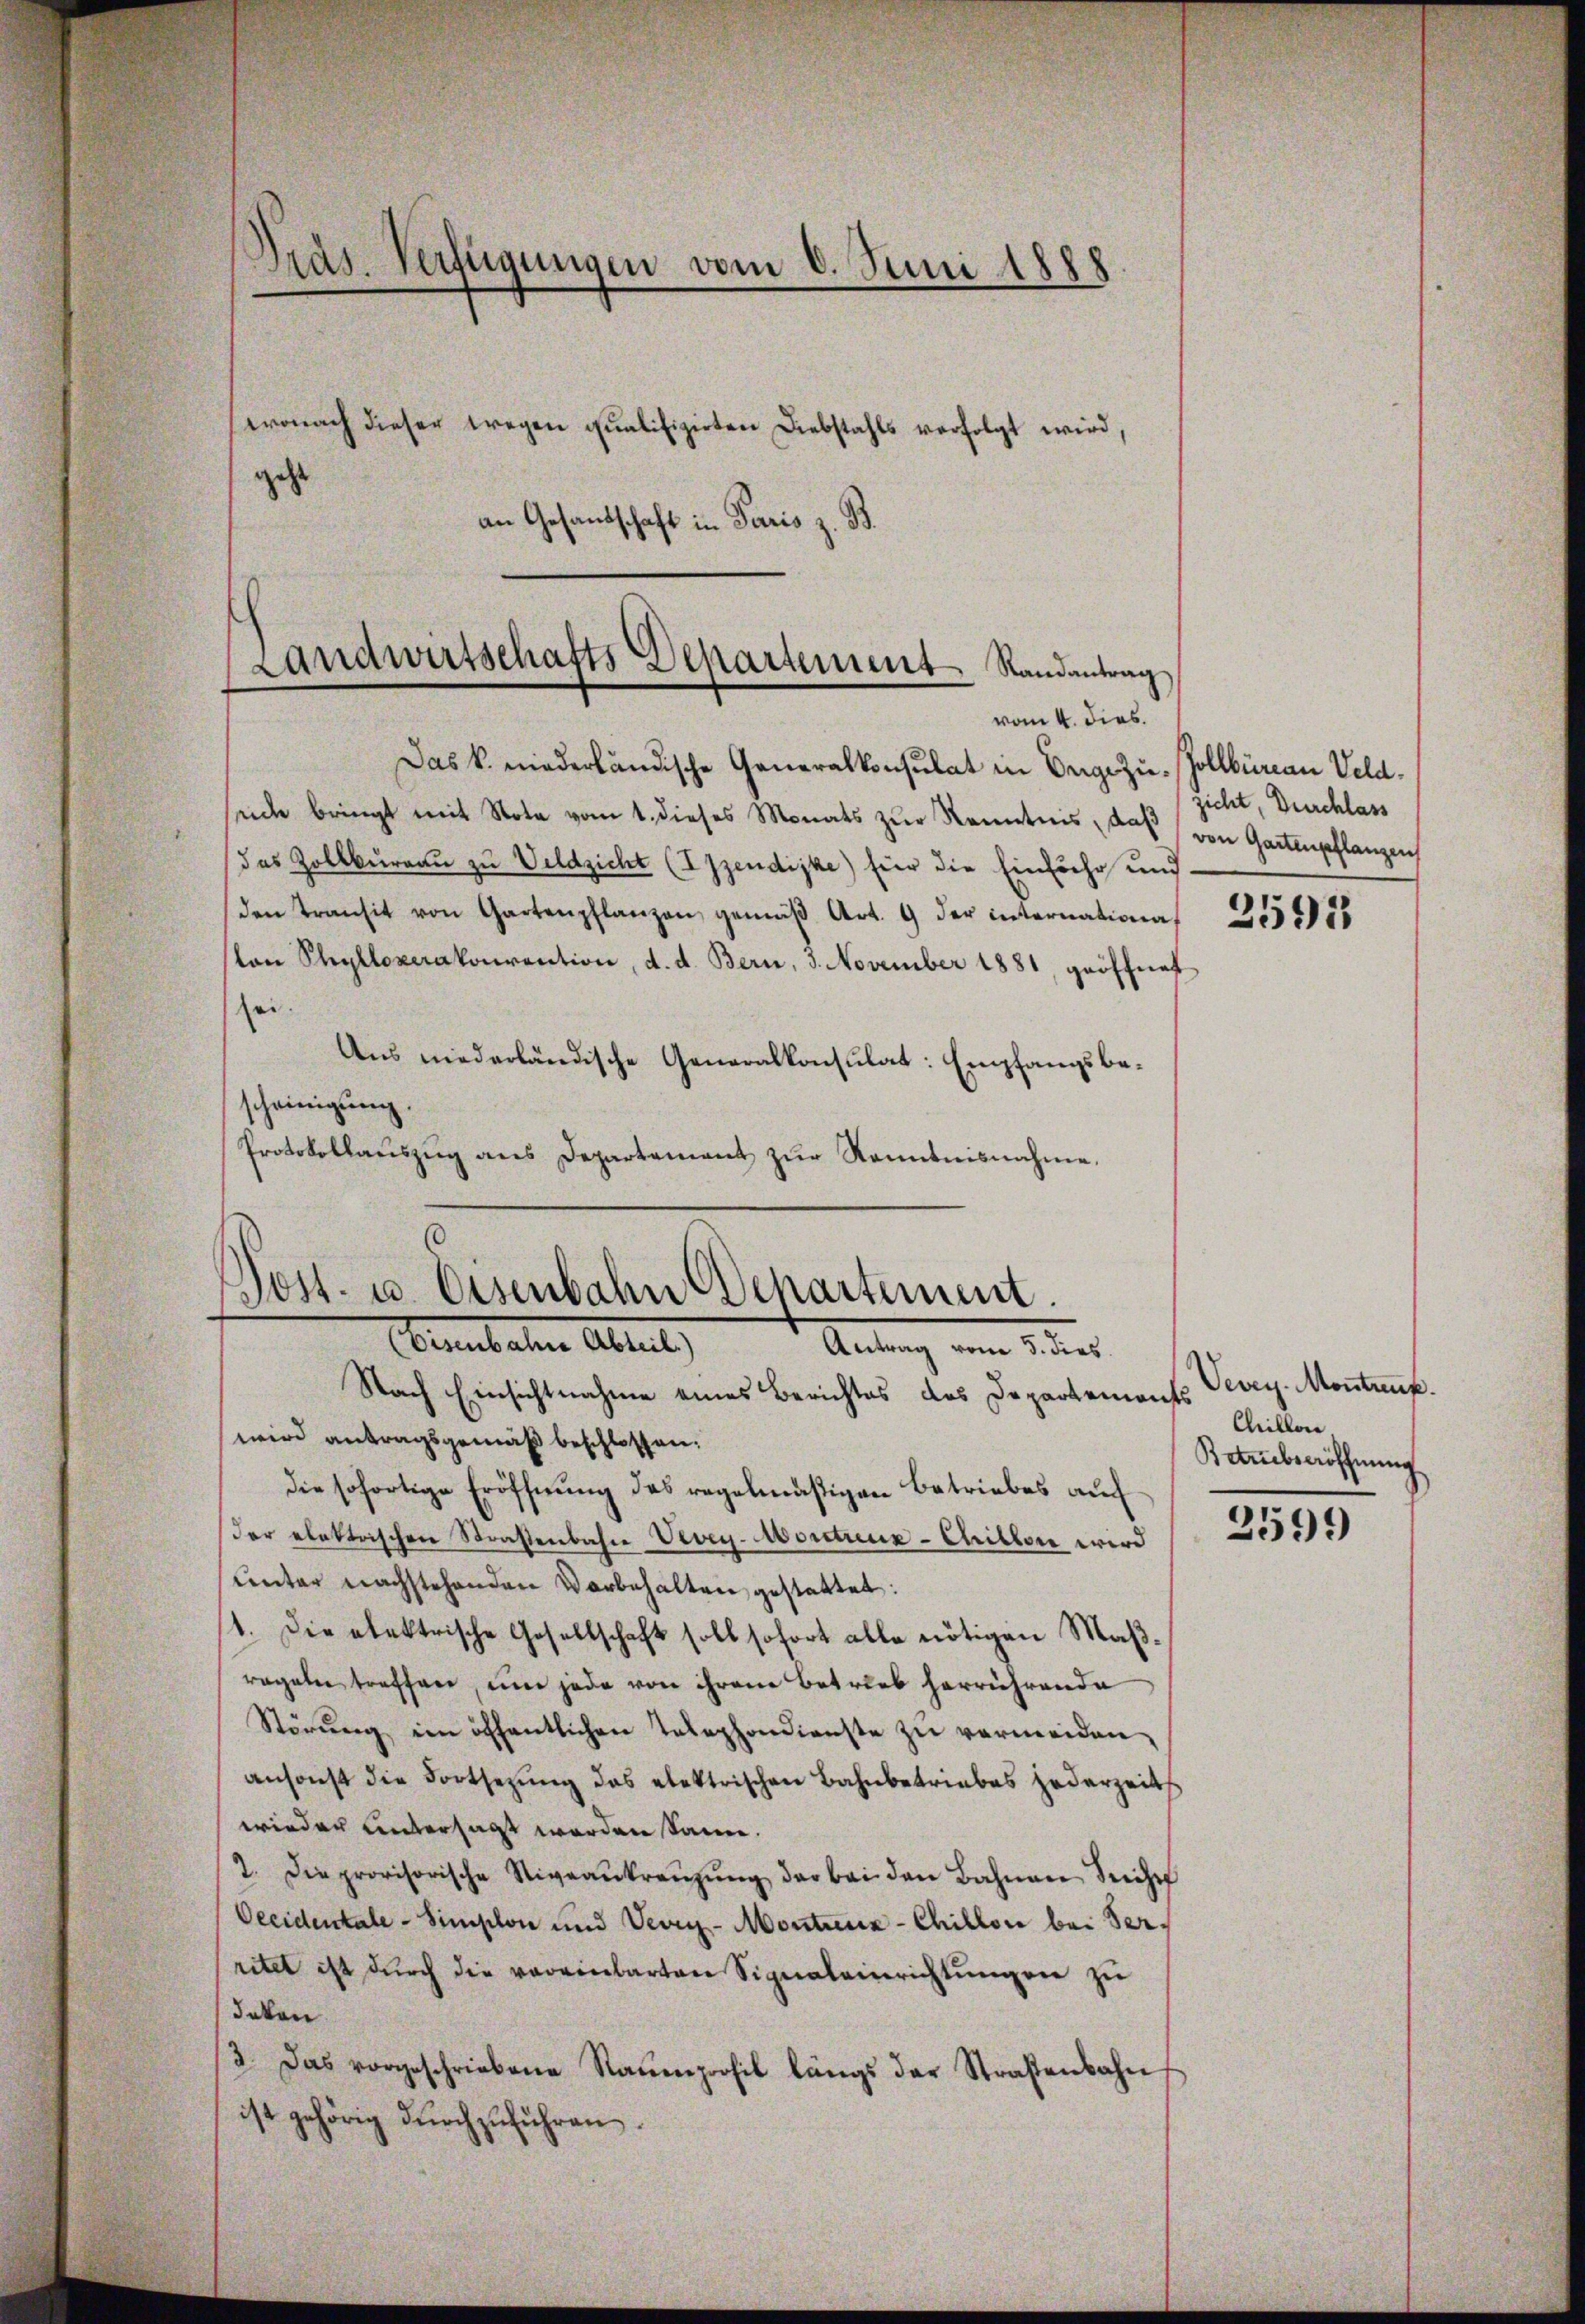
Das k. niederländische Generalkonsulat in Enge zu. Zollbüreau Veldsude bringt mit Nota vom 1. dieses Monats zŭr Kenntnis, das von Gartenpflanzen
das Zollbureau zu Veldzicht (IIzendigke) für die Einfuhr und
Den Transit von Gartenpflanzen gemäβ Art. 9 der internation,
ton Phylloperakonvention, d. d. Bern, 3. November 1881, geöffnet
sei.
Aus niederländische Generalkonsulat: Empfangsbescheinigung.
Protokollaŭszŭg ans Departement zŭr Kenntnisnahme,

Nach Einsichtnahme eines Berichtes des Departements Vevey Montanf.
wird antragsgemäß beschlossen.
die sofortige Eröffnŭng des regelmäßigen Betriebes auch
der elektrischen Straßenbahn Vevey-Montreux-Chillon wird
unter nachstehenden Vorbehalten gestattet:
/4. die elektrische Gesellschaft soll sofort alle nötigen Maβ-
regeln treffen, um jede von ihren Betrieb herrührende
Störŭng ein öffentlichen Telephondienste zŭ vermeiden,
ansonst die Fortsetzung das elektrischen Bahnbetriebes jederzeitss
wieder untersagt worden kann.
2. Die provisorische Niveaŭkreŭzŭng der bei den Bahnen Sache
Oecidentale - Simplon und Vevey-Montreux-Chillon bei Verritet ist durch die vereinbarten Signalamerichtungen zu
deken.
2. Das vorgeschriebene Raŭenprofil längs der Straßenbahn
ist gehörig durchzuführen.

Präs. Verfügungen vom 6. Juni 1888
wonach dieser wegen qualifizirten Diebstahls verfolgt wird,
geht
an Gesandschaft in Paris z. B.

Landwirtschafts Departement Randantrag
vom 4. dies.

Post- u. Eisenbahn Departement.
Cement aber Abteil
Antrag vom 1. der

zicht, Durchlass

2595

Chillone,
Batrubseröffnung

2599